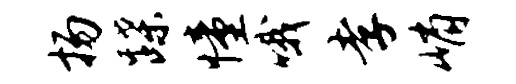
扬蹀憧哦孝峭